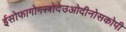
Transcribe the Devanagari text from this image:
ईसोफागोगस्त्रोदेउओदीनोसकोपी